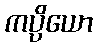
ကပ္ပိယော